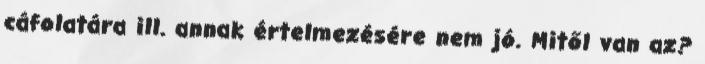
cáfolatára ill. annak értelmezésére nem jó. Mitől van az?